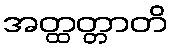
အတ္ထတ္တာတိ